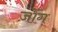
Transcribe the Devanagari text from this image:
ज़ोंग